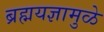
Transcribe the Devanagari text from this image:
ब्रह्मयज्ञामुळे